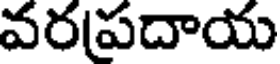
వరపదాయ